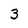
Character: 3